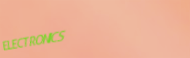
ELECTRONICS